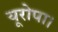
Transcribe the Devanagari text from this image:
यूरोपा।